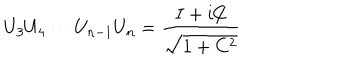
U _ { 3 } U _ { 4 } \cdots U _ { n - 1 } U _ { n } = { \frac { I + i { \not \! \! C } } { \sqrt { 1 + C ^ { 2 } } } }